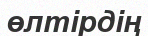
өлтірдің